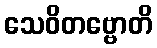
သေဝိတဗ္ဗောတိ